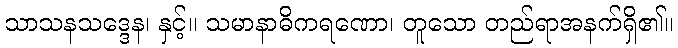
သာသနသဒ္ဒေန၊ နှင့်။ သမာနာဓိကရဏော၊ တူသော တည်ရာအနက်ရှိ၏။